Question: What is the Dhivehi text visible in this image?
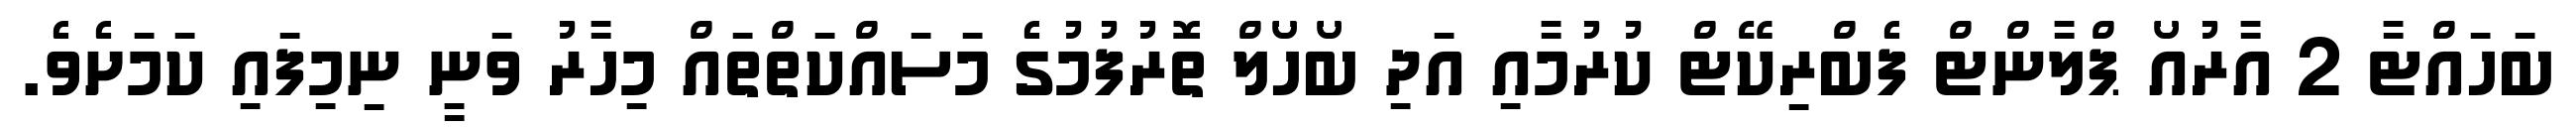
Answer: ބަހައްޓާ 2 އާރުއޯ ޕްލާންޓް ފެބްރިކޭޓް ކުރުމާއި އަދި ބޯހޯލް ތޮރުފުމުގެ މަސައްކަތްތައް މިހާރު ވަނީ ނިމިފައި ކަމަށެވެ.